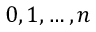
0 , 1 , \ldots , n